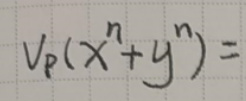
\[
V_P(x^{n}+y^{n}) =
\]